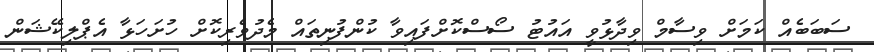
ސަބަބެއް ކަމަށް ވިސާމް ވިދާޅުވީ އައުޓު ސޯސްކޮށްފައިވާ ކުންފުނިތައް މެދުވެރިކޮށް ހުށަހަޅާ އެޕްލިކޭޝަން